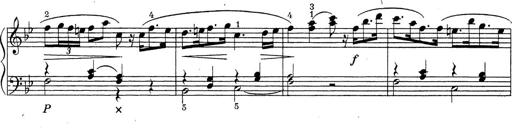
Title: ÄŒeskÃ© Sonatiny
Composer: Various